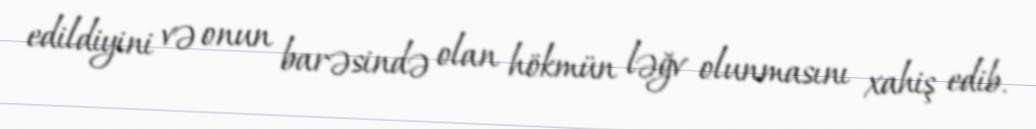
edildiyini və onun barəsində olan hökmün ləğv olunmasını xahiş edib.